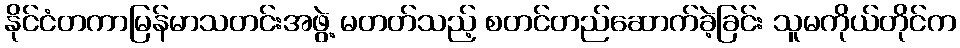
နိုင်ငံတကာမြန်မာသတင်းအဖွဲ့ မတတ်သည့် စတင်တည်ဆောက်ခဲ့ခြင်း သူမကိုယ်တိုင်က